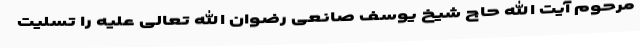
مرحوم آیت الله حاج شیخ یوسف صانعی رضوان الله تعالی علیه را تسلیت